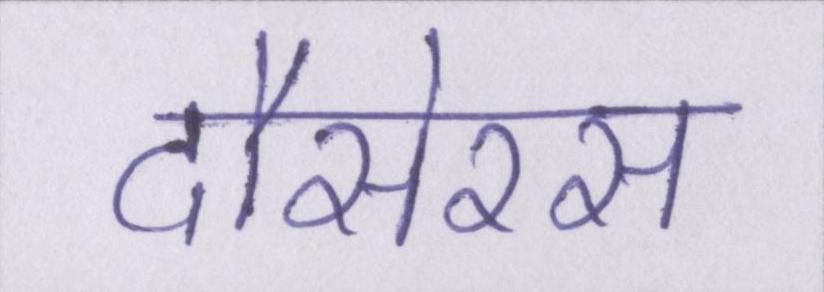
दौसेरस